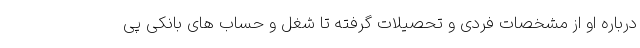
درباره او از مشخصات فردی و تحصیلات گرفته تا شغل و حساب های بانکی پی